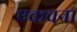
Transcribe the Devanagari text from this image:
एकवना